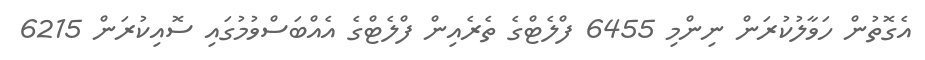
އެގޮތުން ހަވާލުކުރަން ނިންމި 6455 ފްލެޓްގެ ތެރެއިން ފްލެޓްގެ އެއްބަސްވުމުގައި ސޮއިކުރަން 6215